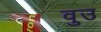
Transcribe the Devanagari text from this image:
वुउ